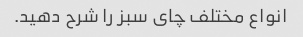
انواع مختلف چای سبز را شرح دهید.